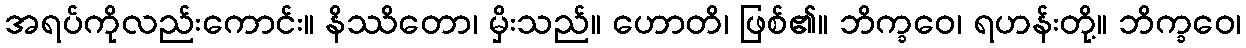
အရပ်ကိုလည်းကောင်း။ နိဿိတော၊ မှိးသည်။ ဟောတိ၊ ဖြစ်၏။ ဘိက္ခဝေ၊ ရဟန်းတို့။ ဘိက္ခဝေ၊